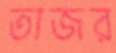
তাজর